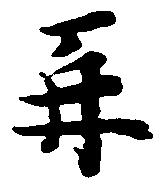
再